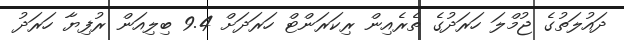
ދައުލަތުގެ ޖުމްލަ ހަރަދުގެ ތެރެއިން ރިކަރަންޓް ހަރަދަށް 9.4 ބިލިއަން ރުފިޔާ ހަރަދު